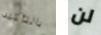
بالتأكيد لن